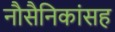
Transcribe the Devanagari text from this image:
नौसैनिकांसह